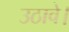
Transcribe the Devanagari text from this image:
उठावे।